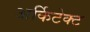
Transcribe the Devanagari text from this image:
अर्किटेक्ट